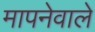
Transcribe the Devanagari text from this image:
मापनेवाले